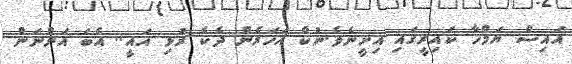
އައިސް ޔަމްހާ ކައިރީގައި އިށީނެވެ.ނުކް އަހަރެން ދެކެ ރުޅި އައީ.. އެބަ އަންނަން